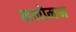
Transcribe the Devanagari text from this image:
सलोमन